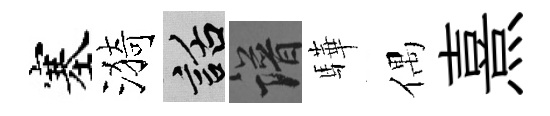
塞漪話譜驊偶熹